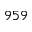
9 5 9